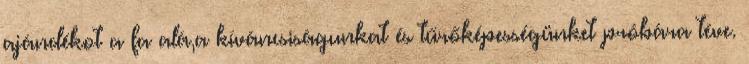
ajándékot a fa alá,a kíváncsiságunkat és tűrőképességünket próbára téve.